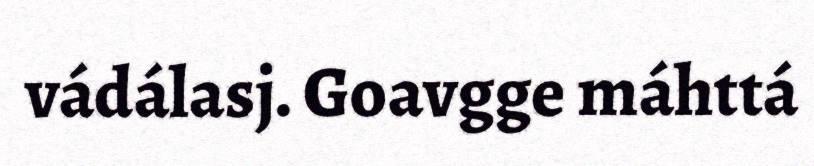
vádálasj. Goavgge máhttá